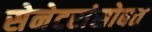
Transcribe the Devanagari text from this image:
सेनेटरांसोबत